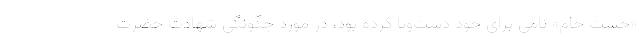
«خشت خام» نامی برای خود دست‌وپا کرده بود، در مورد چگونگی شهادت حضرت